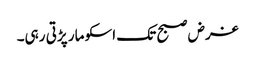
غرض صبح تک اسکو مار پڑتی رہی۔